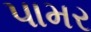
પામર